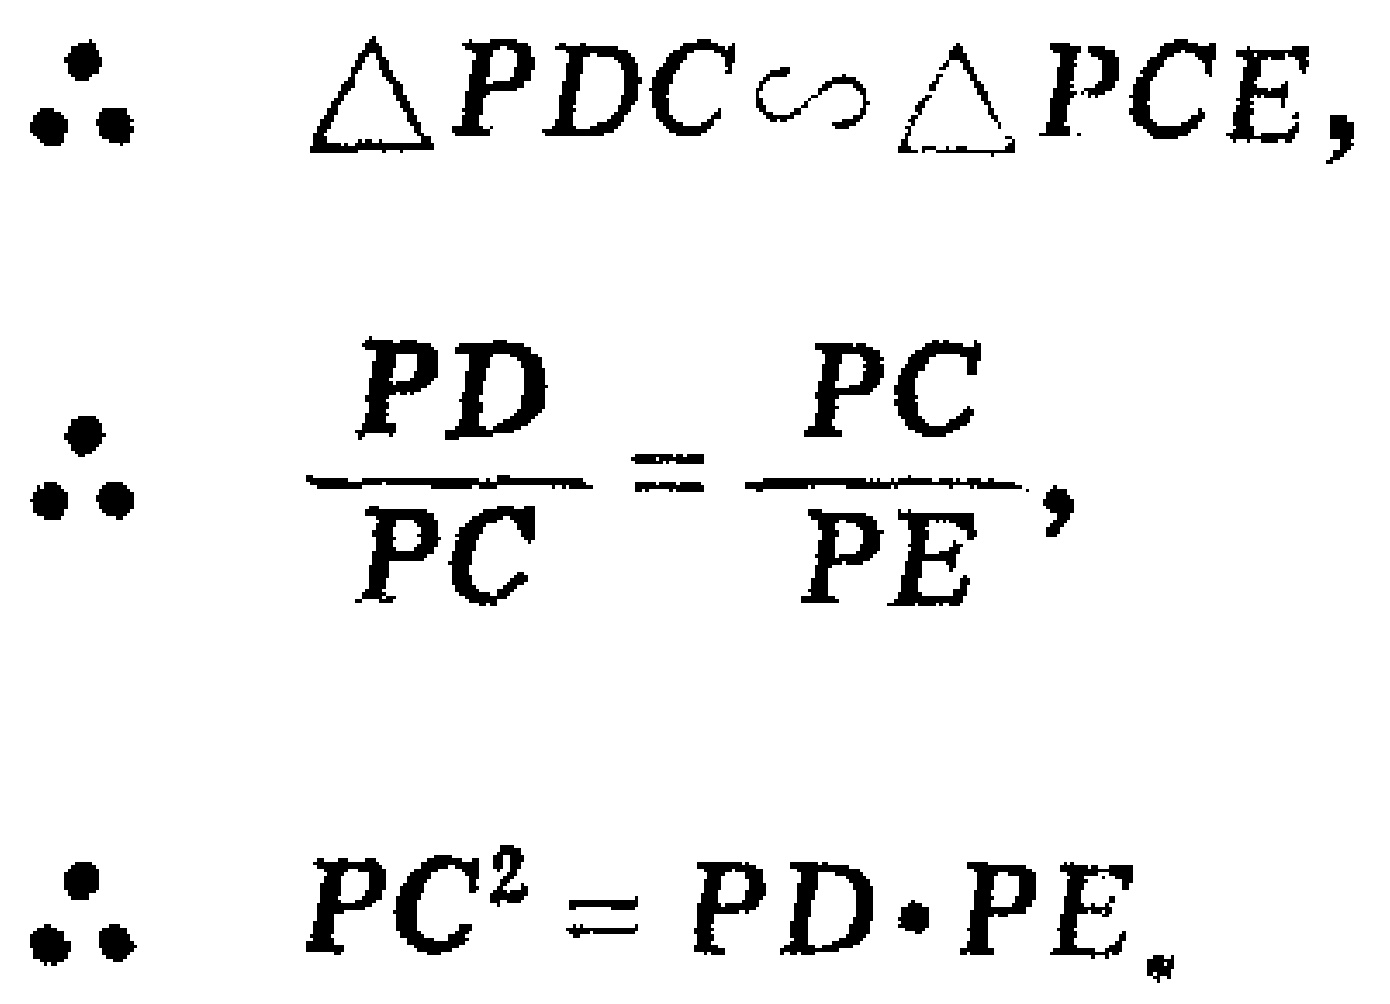
\begin{align*}
\therefore\quad &\triangle PDC\sim\triangle PCE,\\
\therefore\quad &\frac{PD}{PC}=\frac{PC}{PE},\\
\therefore\quad &PC^{2} = PD\cdot PE.
\end{align*}